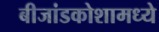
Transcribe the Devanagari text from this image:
बीजांडकोशामध्ये